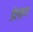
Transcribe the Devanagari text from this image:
डेलाग